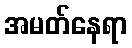
အမတ်နေရာ